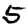
Digit: 5